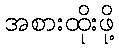
အစားထိုးဖို့